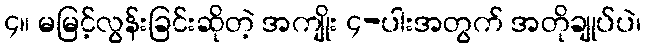
၄။ မမြင့်လွန်းခြင်းဆိုတဲ့ အကျိုး ၄-ပါးအတွက် အတိုချုပ်ပဲ၊